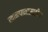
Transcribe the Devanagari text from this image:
खानपानासाठीचा